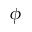
\phi